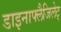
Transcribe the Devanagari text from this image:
डाइनाफ्लैजिलेट्